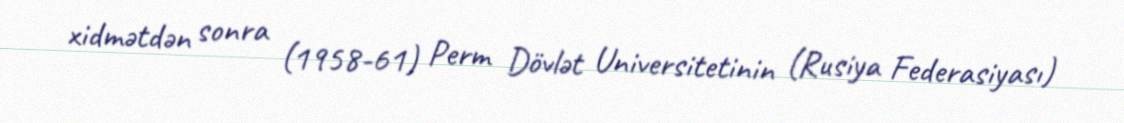
xidmətdən sonra (1958-61) Perm Dövlət Universitetinin (Rusiya Federasiyası)